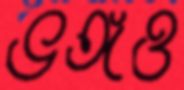
ভঙ্গও